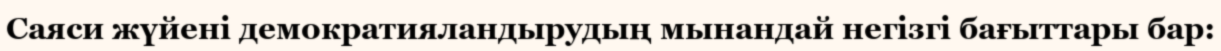
Саяси жүйені демократияландырудың мынандай негізгі бағыттары бар: